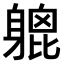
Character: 𨉮